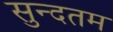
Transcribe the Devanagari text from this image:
सुन्दतम